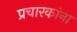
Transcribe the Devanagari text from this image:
प्रचारकांना